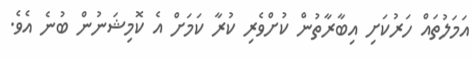
އަމަލުތައް ހަރުކަށި އިބާރާތުން ކުށްވެރި ކުރާ ކަމަށް އެ ކޮމިޝަނުން ބުނެ އެވެ.